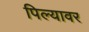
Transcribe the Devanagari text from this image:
पिल्यावर